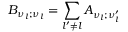
B _ { \nu _ { l } ; \nu _ { l } } = \sum _ { l ^ { \prime } \neq l } A _ { \nu _ { l } ; \nu _ { l } ^ { \prime } }